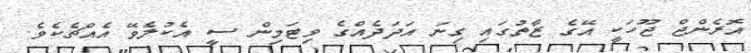
އޮރެންޖް ޖޫހަކީ އޭގެ ޒާތުގައި ގިނަ އަދަދެއްގެ ވިޓަމިން ސީ އެކުލެވޭ އެއްޗެކެވެ.